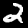
Digit: 2